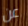
عن